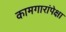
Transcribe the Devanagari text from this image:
कामगारांपेक्षा